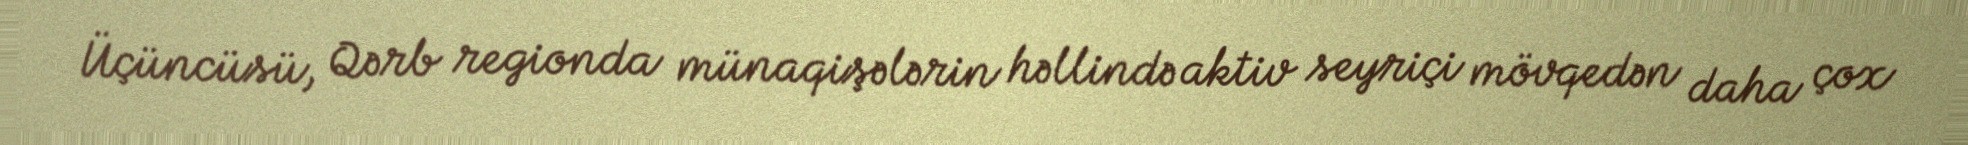
Üçüncüsü, Qərb regionda münaqişələrin həllində aktiv seyriçi mövqedən daha çox